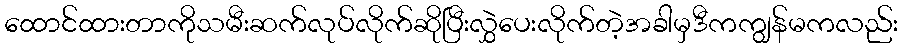
ထောင်ထားတာကိုသမီးဆက်လုပ်လိုက်ဆိုပြီးလွှဲပေးလိုက်တဲ့အခါမှဒီကကျွန်မကလည်း